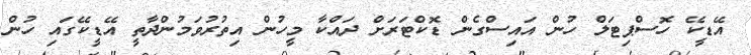
އޭޑީކޭ ހޮސްޕިޓަލް ހުން އައިސްގެން ޑޮކްޓަރަށް ދައްކާ މީހުން އިތުރުވަމުންދާތީ އޭޑީކޭގައި ހުން